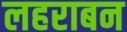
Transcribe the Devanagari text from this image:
लहराबन